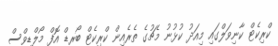
ކްރިކެޓް ކާނިވަލްގައި މިއަދު ކުޅުނު މެޗުގެ ތެރެއިން ކްރިކެޓް ބޯރޑް އޮފް މޯލްޑިވްސް